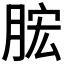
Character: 𣍱